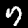
Digit: 7